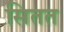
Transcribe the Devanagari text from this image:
सितत